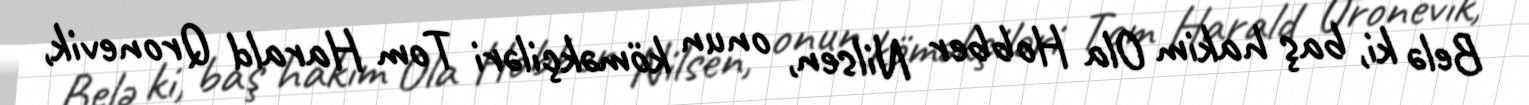
Belə ki, baş hakim Ola Hobber Nilsen, onun köməkçiləri Tom Harald Qronevik,